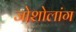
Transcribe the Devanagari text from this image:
जोशोलांग